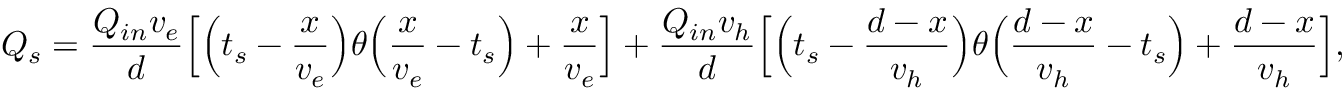
Q _ { s } = \frac { Q _ { i n } v _ { e } } { d } \Big [ \Big ( t _ { s } - \frac { x } { v _ { e } } \Big ) \theta \Big ( \frac { x } { v _ { e } } - t _ { s } \Big ) + \frac { x } { v _ { e } } \Big ] + \frac { Q _ { i n } v _ { h } } { d } \Big [ \Big ( t _ { s } - \frac { d - x } { v _ { h } } \Big ) \theta \Big ( \frac { d - x } { v _ { h } } - t _ { s } \Big ) + \frac { d - x } { v _ { h } } \Big ] ,